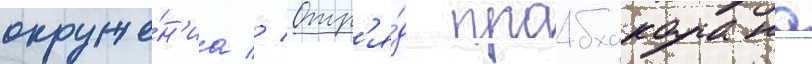
окруже́н'иа // Отр'я́д прабхакарана